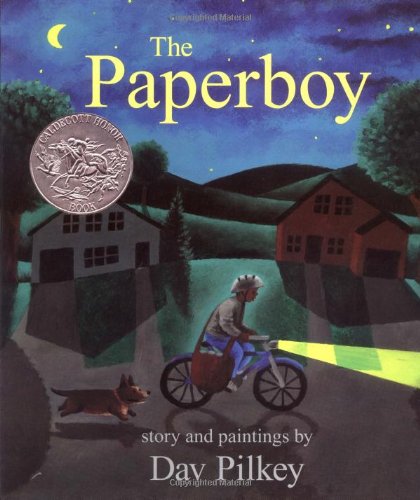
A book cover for The Paperboy; Dav Pilkey; Children's Books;